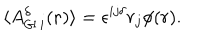
{ \langle } A _ { { \sf G I } \, i } ^ { \delta } ( { \bf { r } } ) \rangle = { \epsilon } ^ { i j { \delta } } r _ { j } { \phi } ( r ) .